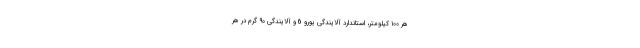
هر ۱۰۰ کیلومتر، استاندارد آلایندگی یورو 6 و آلایندگی ۹۰ گرم در هر